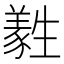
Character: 𤯹